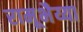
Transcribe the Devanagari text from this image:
रामूभैय्या